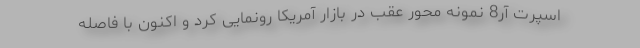
اسپرت آر8 نمونه محور عقب در بازار آمریکا رونمایی کرد و اکنون با فاصله